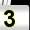
Digit: 3